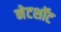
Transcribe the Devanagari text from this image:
नेटशॉट